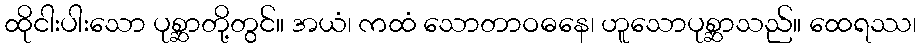
ထိုငါးပါးသော ပုစ္ဆာတို့တွင်။ အယံ၊ ကထံ သောတာဝဓနေ၊ ဟူသောပုစ္ဆာသည်။ ထေရဿ၊